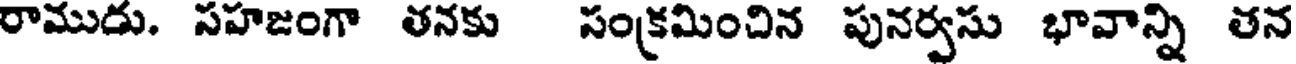
రాముడు. సహజంగా తనకు సంక్రమించిన పునర్వసు భావాన్ని తన